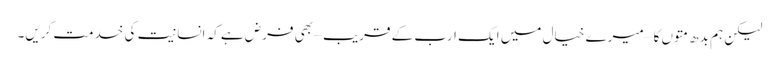
لیکن ہم بدھ متوں کا – میرے خیال میں ایک ارب کے قریب – بھی فرض ہے کہ انسانیت کی خدمت کریں۔